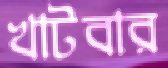
খাটবার